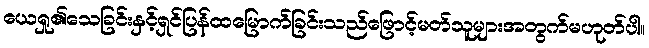
ယေရှု၏သေခြင်းနှင့်ရှင်ပြန်ထမြောက်ခြင်းသည်ဖြောင့်မတ်သူများအတွက်မဟုတ်ပါ။